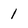
Character: 1